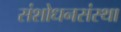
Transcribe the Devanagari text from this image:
संशोधनसंस्था